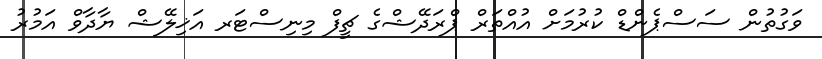
ވަގުތުން ސަސްޕެންޑް ކުރުމަށް އުއްތަރް ޕްރަދޭޝްގެ ޗީފް މިނިސްޓަރ އަޚިލޭޝް ޔާދާވް އަމުރު